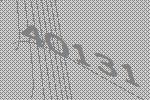
40131